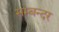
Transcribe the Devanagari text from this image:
सम्बन्दर